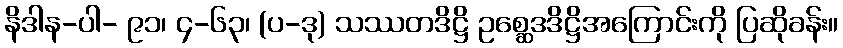
နိဒါန-ပါ- ၉၁၊ ၄-၆၃၊ (ပ-ဒု) သဿတဒိဋ္ဌိ ဥစ္ဆေဒဒိဋ္ဌိအကြောင်းကို ပြဆိုခန်း။